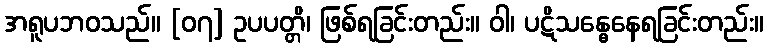
အရူပဘဝသည်။ [၀၇] ဥပပတ္တိ၊ ဖြစ်ရခြင်းတည်း။ ဝါ၊ ပဋိသန္ဓေနေရခြင်းတည်း။